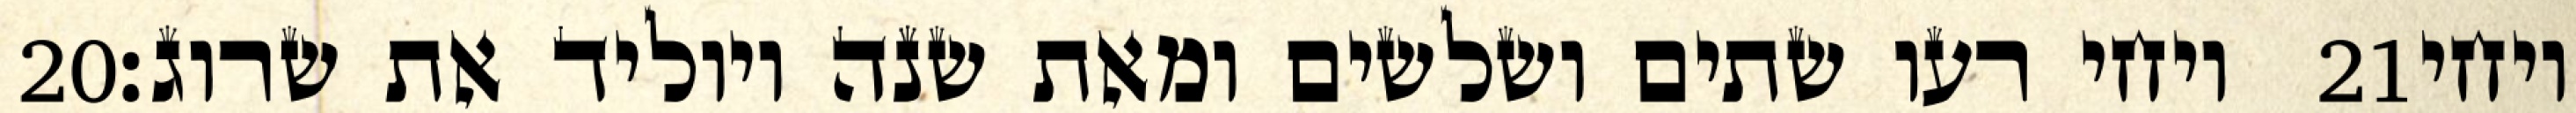
‎20‏ ויחי רעו שתים ושלשים ומאת שנה ויוליד את שרוג׃ ‎21‏ ויחי